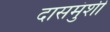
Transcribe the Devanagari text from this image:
दासमुंशी